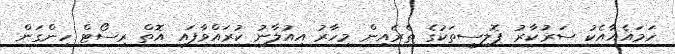
ހަމައެއާއެކު ސަރުކާރު ޕޮލިސީތަކުގެ ތެރެއިން މިހާރު އިއުލާނު ކުރައްވާފައި އޮތް ރިސޯޓް ހިންގަން